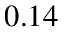
0 . 1 4